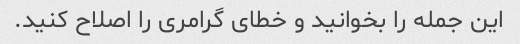
این جمله را بخوانید و خطای گرامری را اصلاح کنید.